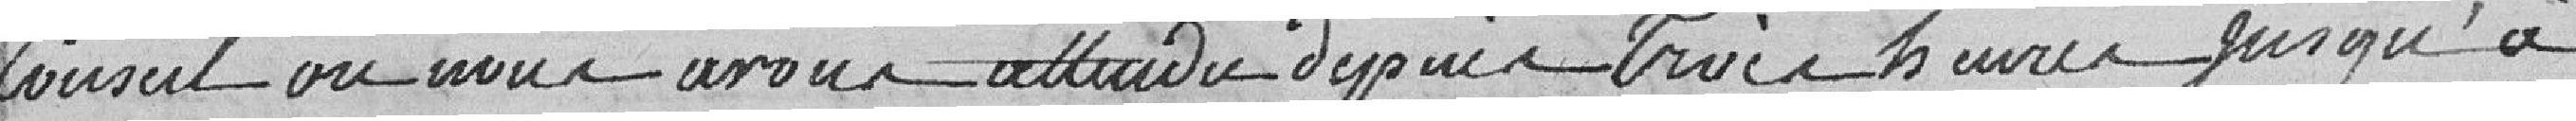
Conseil ou nous avons attendu depuis trois heures jusqu'à